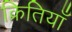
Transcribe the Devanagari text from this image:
क्रितियाँ